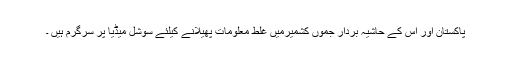
پاکستان اور اس کے حاشیہ بردار جموں کشمیرمیں غلط معلومات پھیلانے کیلئے سوشل میڈیا پر سرگرم ہیں ۔